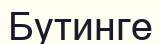
Бутинге